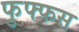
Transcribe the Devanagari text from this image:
फुफ्फस